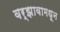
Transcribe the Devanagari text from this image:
वर्झावामधून